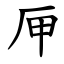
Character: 㕅